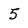
Character: 5